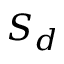
S _ { d }